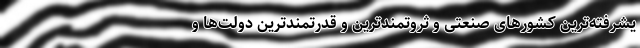
یشرفته‌ترین کشورهای صنعتی و ثروتمند‌ترین و قدرتمندترین دولت‌ها و